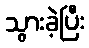
သွားခဲ့ပြီး